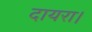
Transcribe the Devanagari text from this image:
दायरा।